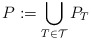
\begin{align*} P := \bigcup_{T \in \mathcal{T}} P_{T} \end{align*}